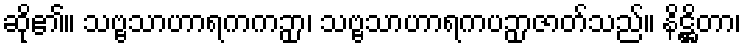
ဆို၏။ သဗ္ဗသာဟာရကကဉှာ၊ သဗ္ဗသာဟာရကပဉှာဇာတ်သည်။ နိဋ္ဌိတာ၊